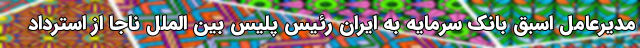
مدیرعامل اسبق بانک سرمایه به ایران رئیس پلیس بین الملل ناجا از استرداد